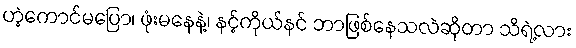
ဟဲ့ကောင်မပြော၊ ဖုံးမနေနဲ့၊ နင့်ကိုယ်နင် ဘာဖြစ်နေသလဲဆိုတာ သိရဲ့လား